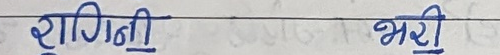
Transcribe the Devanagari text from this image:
रागिणी भरी